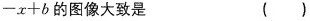
$$-x+b$$的图像大致是 ()